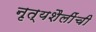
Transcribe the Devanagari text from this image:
नृत्यशैलींची